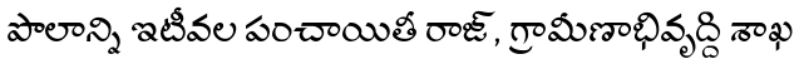
పొలాన్ని ఇటీవల పంచాయితీ రాజ్, గ్రామీణాభివృద్ది శాఖ